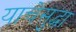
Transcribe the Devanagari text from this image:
याचेसुद्धा